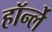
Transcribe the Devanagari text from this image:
हॉर्न्ले